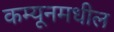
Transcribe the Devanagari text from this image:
कम्यूनमधील